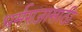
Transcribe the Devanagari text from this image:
धर्मराजासाठी